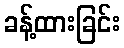
ခန့်ထားခြင်း